Vaccination in Bombay 1856-1862 - 1856-1862
Year: 1856
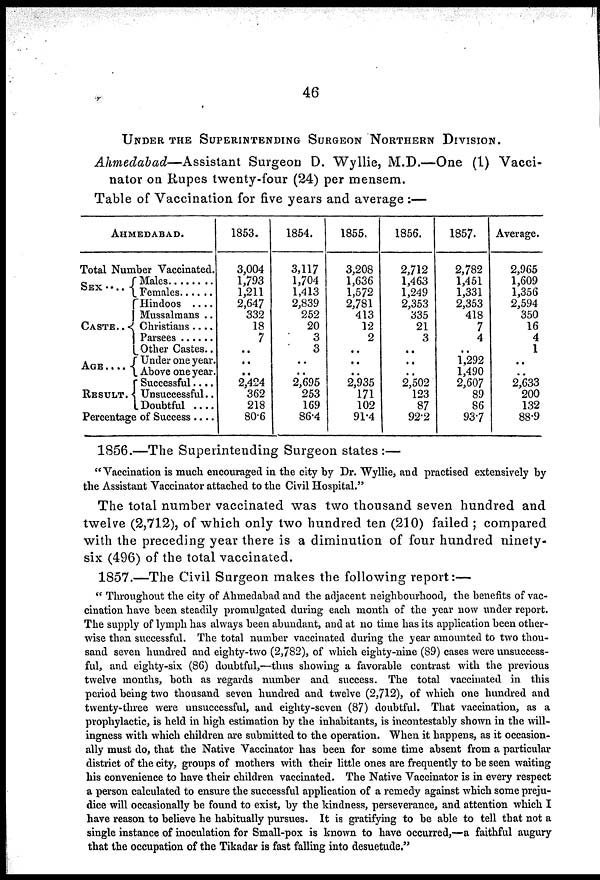
46
UNDER THE SUPERINTENDING SURGEON NORTHERN DIVISION.
Ahmedabad—Assistant
Surgeon D. Wyllie, M.D.—One (1) Vacci-
nator on Rupes twenty-four (24) per mensem.
Table of Vaccination for five years and average :—
AHMEDABAD.
Total Number Vaccinated.
SEX . . . .
CASTE . . . .
AGE . . . .
RESULT.
Males . . . .
Females . . . .
Hindoos . . . . .
Mussalmans . .
Christians . . . .
Parsees . . . .
Other Castes. .
Under one year.
Above one year.
Successful . . .
Unsuccessful..
Doubtful . . . .
Percentage of Success . . .
1853.
3,004
1,793
1,211
2,647
332
18
7
..
..
..
2,424
362
218
80.6
1854.
3,117
1,704
1,413
2,839
252
20
3
3
..
..
2,695
253
169
86.4
1855.
3,208
1,636
1,572
2,781
413
12
2
..
..
..
2,935
171
102
91.4
1856.
2,712
1,463
1,249
2,353
335
21
3
..
..
..
2,502
123
87
92.2
1857.
2,782
1,451
1,331
2,353
418
7
4
..
1,292
1,490
2,607
89
86
93.7
Average.
2,965
1,609
1,356
2,594
350
16
4
1
..
..
2,633
200
132
88.9
1856.—The Superintending Surgeon states :—
"Vaccination is much encouraged in the city by Dr. Wyllie, and practised extensively by
the Assistant Vaccinator attached to the Civil Hospital."
The total number vaccinated was two thousand seven hundred and
twelve (2,712), of which only two hundred ten (210) failed ; compared
with the preceding year there is a diminution of four hundred ninety-
six (496) of the total vaccinated.
1857.—The Civil Surgeon makes the following report:—
" Throughout the city of Ahmedabad and the adjacent neighbourhood, the benefits of vac-
cination have been steadily promulgated during each month of the year now under report.
The supply of lymph has always been abundant, and at no time has its application been other-
wise than successful. The total number vaccinated during the year amounted to two thou-
sand seven hundred and eighty-two (2,782), of which eighty-nine (89) cases were unsuccess-
ful, and eighty-six (86) doubtful,—thus showing a favorable contrast with the previous
twelve months, both as regards number and success. The total vaccinated in this
period being two thousand seven hundred and twelve (2,712), of which one hundred and
twenty-three were unsuccessful, and eighty-seven (87) doubtful. That vaccination, as a
prophylactic, is held in high estimation by the inhabitants, is incontestably shown in the will-
ingness with which children are submitted to the operation. When it happens, as it occasion-
ally must do, that the Native Vaccinator has been for some time absent from a particular
district of the city, groups of mothers with their little ones are frequently to be seen waiting
his convenience to have their children vaccinated. The Native Vaccinator is in every respect
a person calculated to ensure the successful application of a remedy against which some preju-
dice will occasionally be found to exist, by the kindness, perseverance, and attention which I
have reason to believe he habitually pursues. It is gratifying to be able to tell that not a
single instance of inoculation for Small-pox is known to have occurred,—a faithful augury
that the occupation of the Tikadar is fast falling into desuetude."